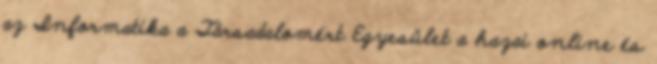
az Informatika a Társadalomért Egyesület a hazai online és